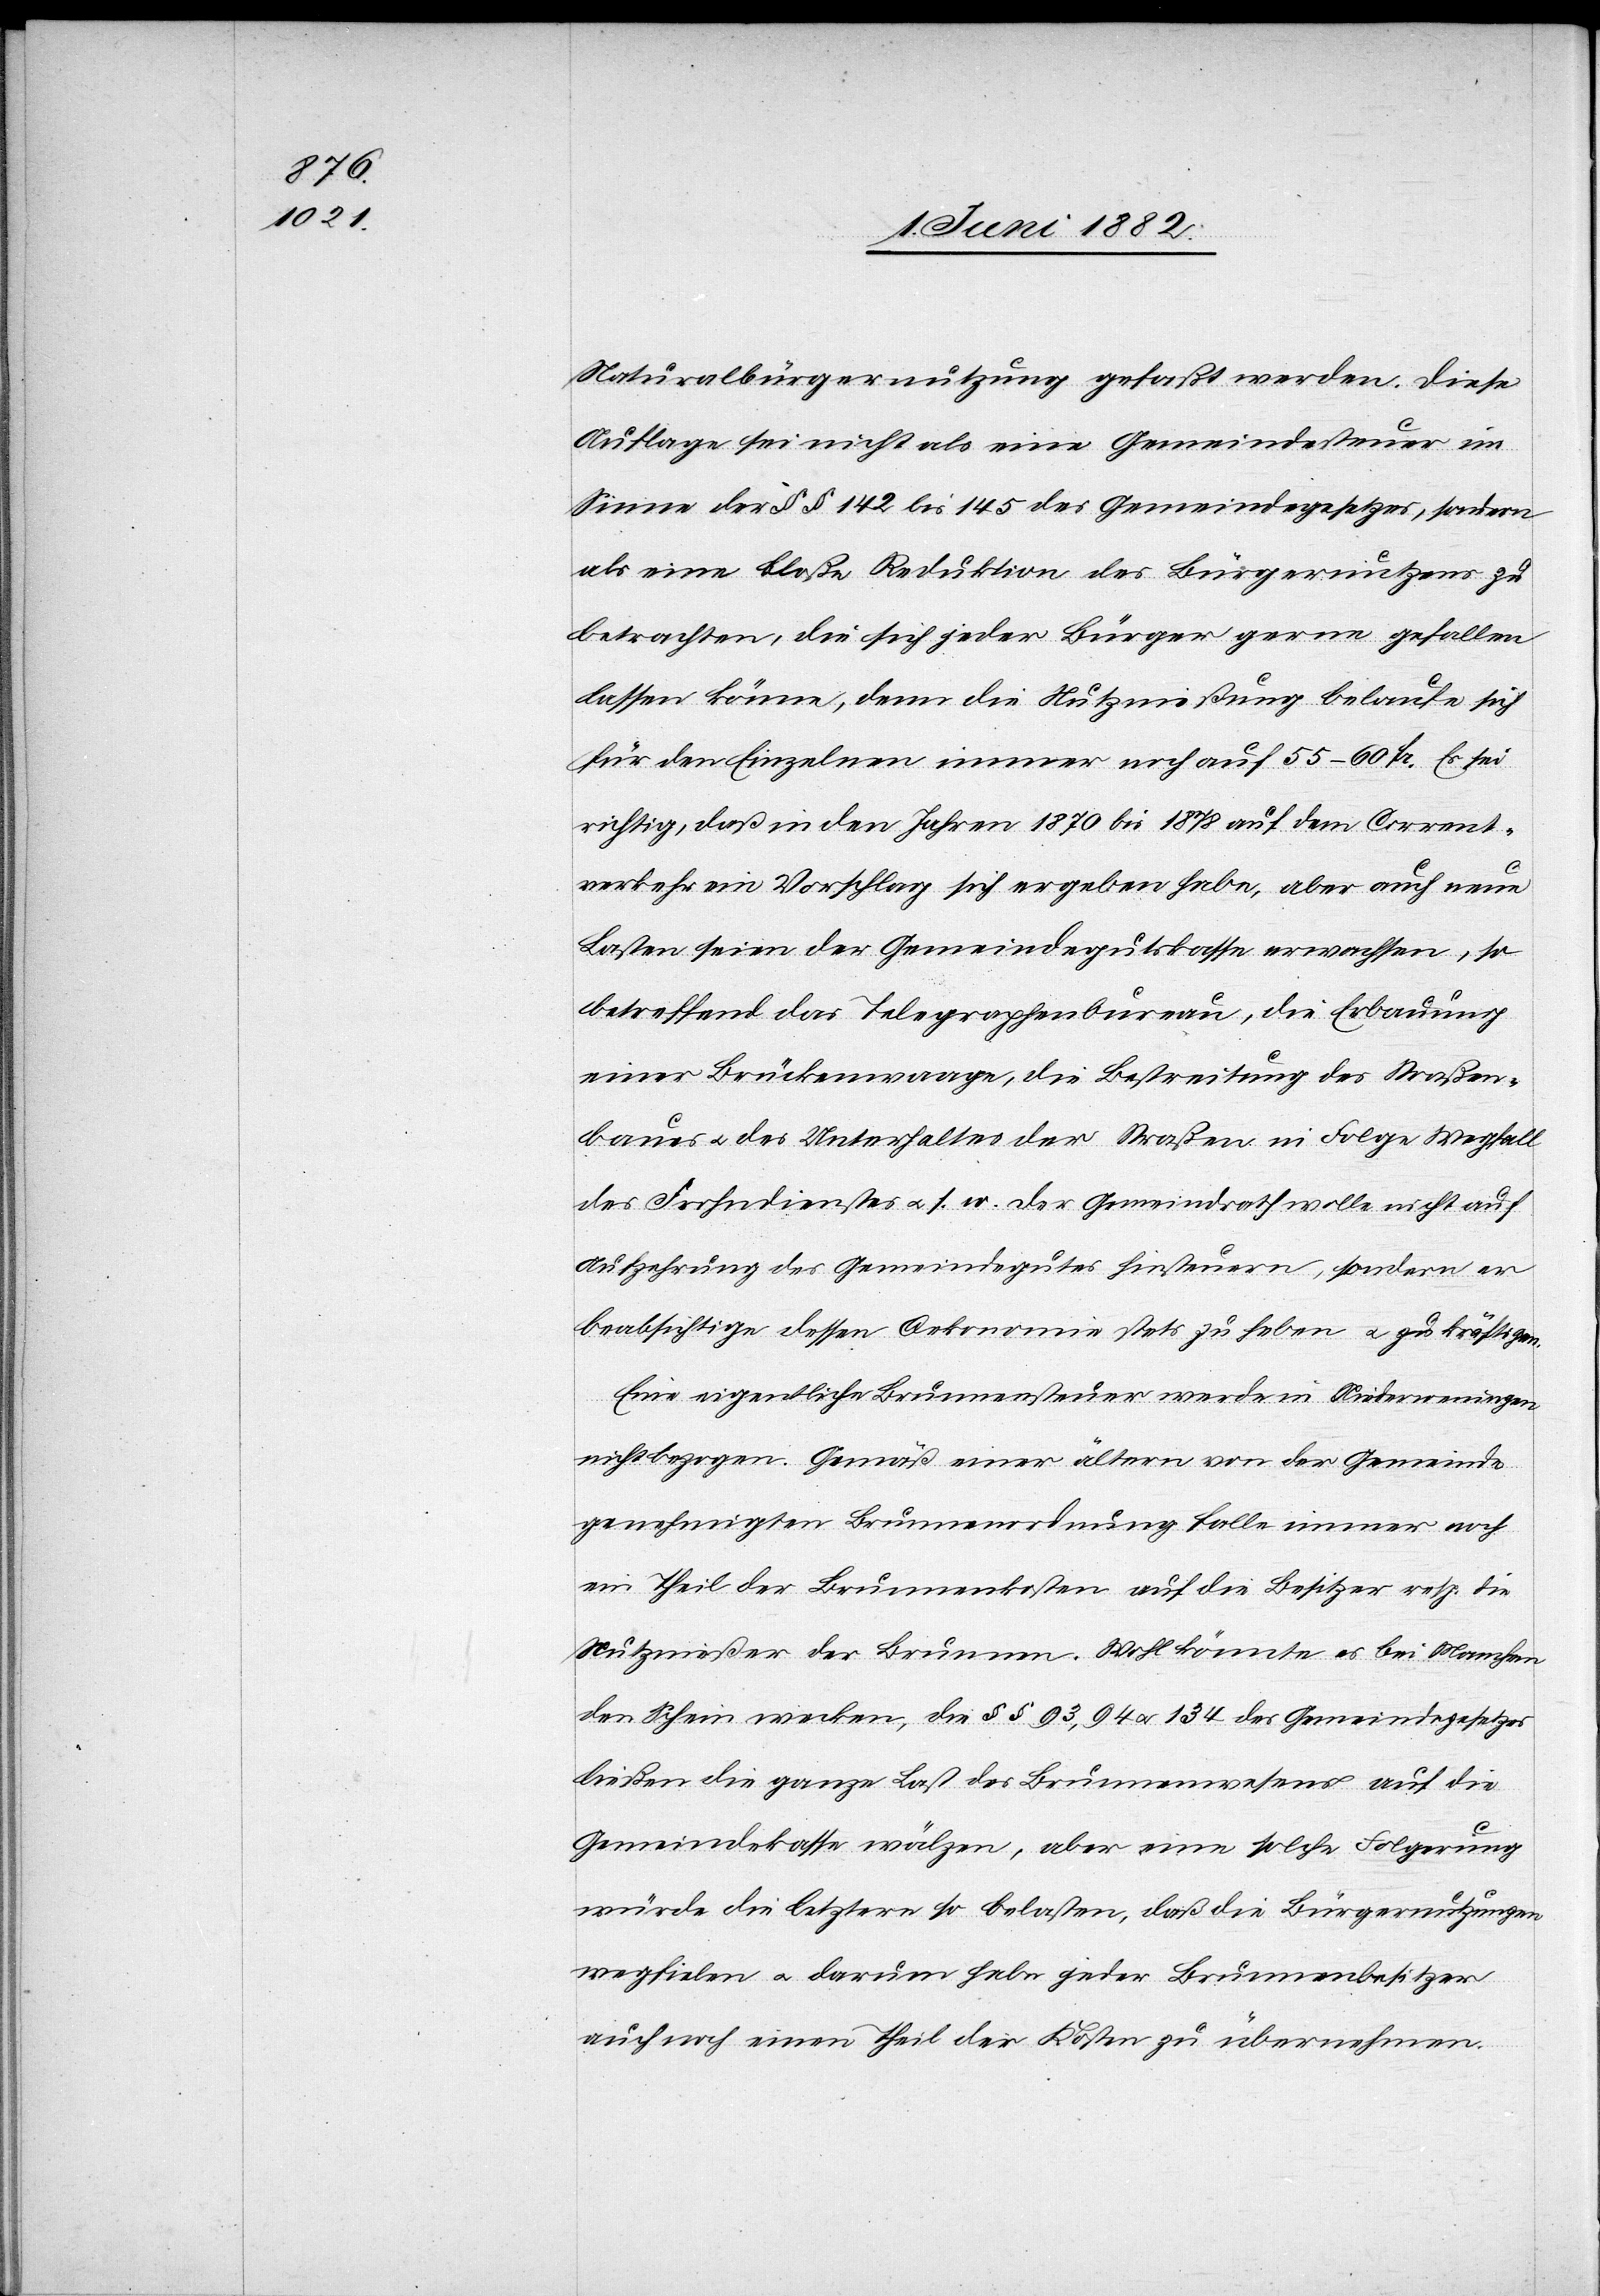
Naturalbürgernutzung gefaßt werden [recte:
Auflage sei nicht als eine Gemeindesteuer im
Sinne der §§ 142 bis 145 des Gemeindegesetzes, sondern
als eine bloße Reduktion des Bürgernutzens zu
betrachten, die sich jeder Bürger gerne gefallen
lassen könne, denn die Nutznießung belaufe sich
für den Einzelnen immer noch auf 55–60 Fr. Es sei
richtig, daß in den Jahren 1870 bis 1878 auf dem Corrent¬
verkehr ein Vorschlag sich ergeben habe, aber auch neue
betreffend das Telegraphenbureau, die Erbauung
einer Brückenwaage, die Betreibung des Straßen¬
baues u. des Unterhaltes der Straßen in Folge Wegfall
des Frohndienstes u. s. w. Der Gemeindrath wolle nicht auf
Aufzehrung des Gemeindegutes hinsteuern, sondern er
beabsichtige dessen Oekonomie stets zu haben u. zu kräftigen.
Eine eigentliche Brunnensteuer werde in Niederweningen
nicht bezogen. Gemäß einer ältern von der Gemeinde
genehmigten Brunnenordnung falle immer noch
ein Theil der Brunnenkosten auf die Besitzer resp. die
Nutznießer der Brunnen. Wohl könnte es bei Manchen
den Schein wecken, die §§ 93, 94 u. 134 des Gemeindegesetzes
ließen die ganze Last des Brunnenwesens auf die
Gemeindekassen wälzen, aber eine solche Folgerung
würde die letztern so belasten, daß die Bürgernutzungen
wegfielen u. darum habe jeder Brunnenbesitzer
auch noch einen Theil der Kosten zu übernehmen.